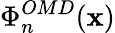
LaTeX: \Phi_{n}^{OMD}(\textbf{x})